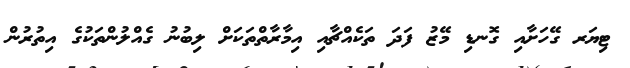
ޓިޔަރ ގޭހަށާއި ގޮނޑި މޭޒު ފަދަ ތަކެއްޗާއި އިމާރާތްތަކަށް ލިބުނު ގެއްލުންތަކުގެ އިތުރުން